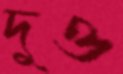
দুও